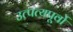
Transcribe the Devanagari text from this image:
उत्पत्यपूर्वो